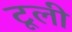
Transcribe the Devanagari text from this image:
टूली